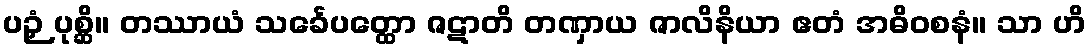
ပဉှံ ပုစ္ဆိ။ တဿာယံ သင်္ခေပတ္ထော ဇဋာတိ တဏှာယ ဇာလိနိယာ ဧတံ အဓိဝစနံ။ သာ ဟိ